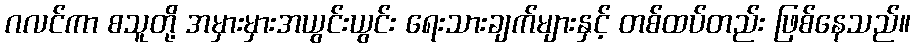
ဂလင်ကာ စသူတို့ အမှားမှားအယွင်းယွင်း ရေးသားချက်များနှင့် တစ်ထပ်တည်း ဖြစ်နေသည်။